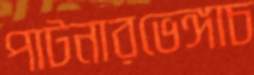
পাটনারভেঙ্গাচ